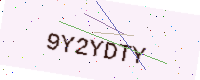
Text: 9Y2YDTY